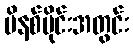
မိနစ်ပိုင်းအတွင်း